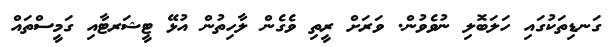
ގަނޑިތަކުގައި ހަލަބޮލި ނުވެވުން. ވަރަށް ރީތި ވެގެން ލާހިތުން އުޅޭ ޓީޝަރޓާއި ގަމީސްތައް